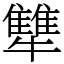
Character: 犨